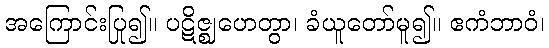
အကြောင်းပြု၍။ ပဋိဇ္ဈဟေတွာ၊ ခံယူတော်မူ၍။ ဧကံဘာဝံ၊